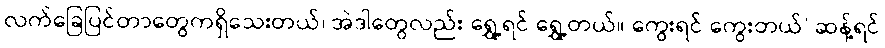
လက်ခြေပြင်တာတွေကရှိသေးတယ်၊ အဲဒါတွေလည်း ရွှေ့ရင် ရွှေ့တယ်။ ကွေးရင် ကွေးတယ်’ ဆန့်ရင်